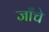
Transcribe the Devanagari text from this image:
जाँचे